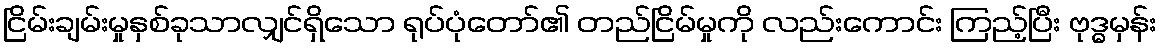
ငြိမ်းချမ်းမှုနှစ်ခုသာလျှင်ရှိသော ရုပ်ပုံတော်၏ တည်ငြိမ်မှုကို လည်းကောင်း ကြည့်ပြီး ဗုဒ္ဓမှန်း